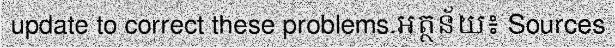
update to correct these problems.អត្ថន័យ៖ Sources